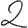
Digit: 2